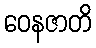
ဝေနဇာတိ